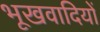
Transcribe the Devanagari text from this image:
भूखवादियों